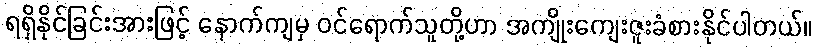
ရရှိနိုင်ခြင်းအားဖြင့် နောက်ကျမှ ဝင်ရောက်သူတို့ဟာ အကျိုးကျေးဇူးခံစားနိုင်ပါတယ်။